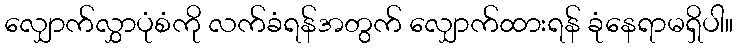
လျှောက်လွှာပုံစံကို လက်ခံရန်အတွက် လျှောက်ထားရန် ခုံနေရာမရှိပါ။